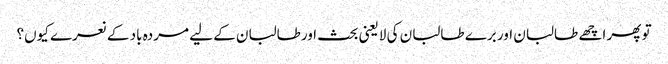
تو پھر اچھے طالبان اور برے طالبان کی لایعنی بحث اورطالبان کے لیے مردہ باد کے نعرے کیوں؟